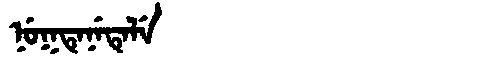
Manchu: ᠨᡠᡴᡨᡝᠨᡝᡨᡝᠯᡝ
Romanization: NUKTENETELE